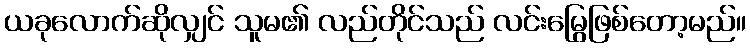
ယခုလောက်ဆိုလျှင် သူမ၏ လည်တိုင်သည် လင်းမြွေဖြစ်တော့မည်။